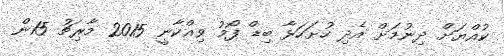
ކުއްޔަށް ދިނުމަށް އެދި ހުށަހަޅާ ބިޑް ފޯމު ވިއްކާނީ 2015 މާރިޗު 15ން